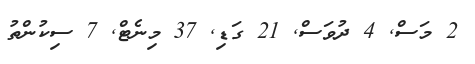
2 މަސް